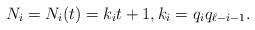
LaTeX: \begin{align*}N_i = N_i(t) = k_i t + 1, k_i = q_iq_{\ell-i-1}.\end{align*}